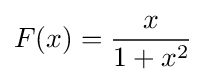
F(x)={\frac {x}{1+x^{2}}}